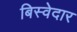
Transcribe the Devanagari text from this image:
बिस्‍वेदार